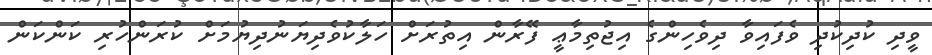
ވީދި ކުދިކުދި ވެފައިވާ ދިވެހިންގެ އިޖުތިމާޢީ ފޭރާން އިތުރަށް ހަލާކުވެދިޔަނުދިޔުމަށް ކުރަންހުރި ކަންކަން